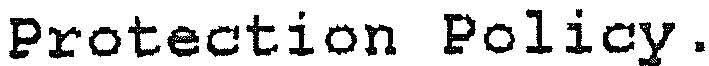
PROTECTION POLICY.